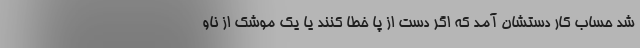
شد حساب کار دستشان آمد که اگر دست از پا خطا کنند یا یک موشک از ناو